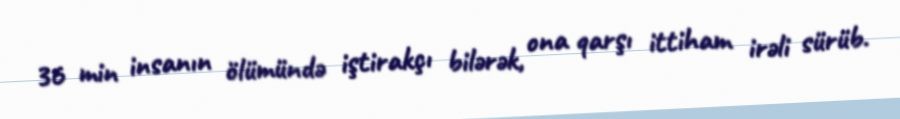
36 min insanın ölümündə iştirakçı bilərək, ona qarşı ittiham irəli sürüb.